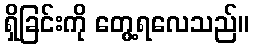
ရှိခြင်းကို တွေ့ရလေသည်။